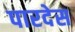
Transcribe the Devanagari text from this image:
पारदेस